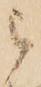
被